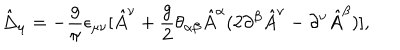
LaTeX: \hat { \Delta } _ { \mu } = - { \frac { g } { \pi } } \epsilon _ { \mu \nu } [ \hat { A } ^ { \nu } + { \frac { g } { 2 } } \theta _ { \alpha \beta } \hat { A } ^ { \alpha } ( 2 \partial ^ { \beta } \hat { A } ^ { \nu } - \partial ^ { \nu } \hat { A } ^ { \beta } ) ] ,